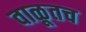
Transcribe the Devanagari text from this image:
वाळूतच